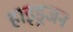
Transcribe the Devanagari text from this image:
हाइड्रजन